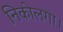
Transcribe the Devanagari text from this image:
निकोलगा।